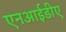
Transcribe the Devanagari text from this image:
एनआईडीए